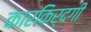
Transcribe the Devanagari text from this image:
कारकिर्दगी